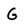
Character: G